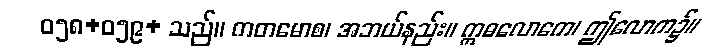
ဝ၅၈+၀၅၉+ သည်။ ကတမောစ၊ အဘယ်နည်း။ ဣဓလောကေ၊ ဤလောက၌။